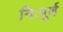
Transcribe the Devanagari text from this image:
निःपूर्ण